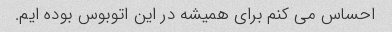
احساس می کنم برای همیشه در این اتوبوس بوده ایم.